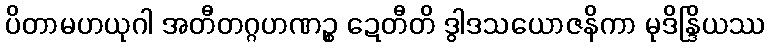
ပိတာမဟယုဂါ အတီတဂ္ဂဟဏဉ္စ ဍေတီတိ ဒွါဒသယောဇနိကာ မုဒိန္ဒြိယဿ